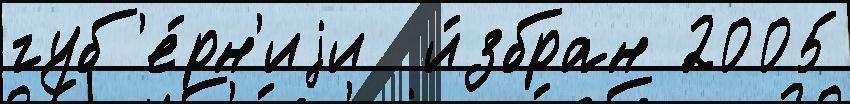
губ'е́рн'иjи  и́збран 2005